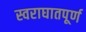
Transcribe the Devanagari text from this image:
स्वराघातपूर्ण